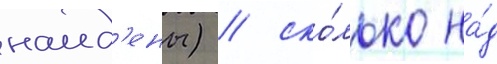
наид'ены) / ско́лько на́д